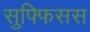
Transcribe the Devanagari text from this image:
सुफ्फिसस